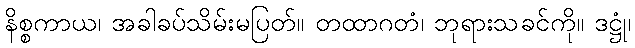
နိစ္စကာယ၊ အခါခပ်သိမ်းမပြတ်။ တထာဂတံ၊ ဘုရားသခင်ကို။ ဒဋ္ဌုံ၊